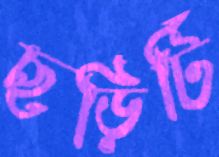
ছড়িটি